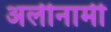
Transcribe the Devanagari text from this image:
अलीनामी